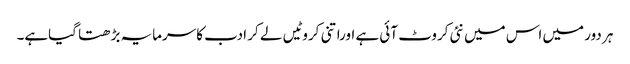
ہر دور میں اس میں نئی کروٹ آئی ہے اوراتنی کروٹیں لے کر ادب کاسرمایہ بڑھتا گیاہے۔